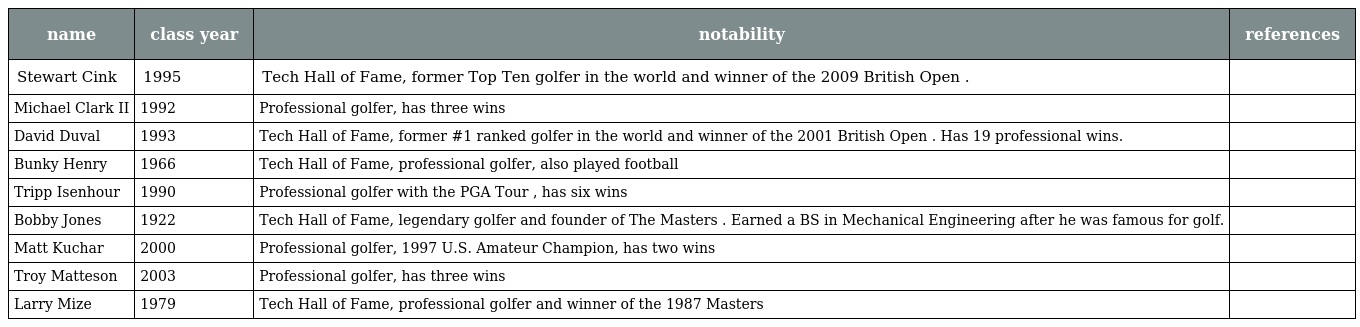
| name | class year | notability | references |
 | --- | --- | --- | --- |
 | Stewart Cink | 1995 | Tech Hall of Fame, former Top Ten golfer in the world and winner of the 2009 British Open . |  |
 | Michael Clark II | 1992 | Professional golfer, has three wins |  |
 | David Duval | 1993 | Tech Hall of Fame, former #1 ranked golfer in the world and winner of the 2001 British Open . Has 19 professional wins. |  |
 | Bunky Henry | 1966 | Tech Hall of Fame, professional golfer, also played football |  |
 | Tripp Isenhour | 1990 | Professional golfer with the PGA Tour , has six wins |  |
 | Bobby Jones | 1922 | Tech Hall of Fame, legendary golfer and founder of The Masters . Earned a BS in Mechanical Engineering after he was famous for golf. |  |
 | Matt Kuchar | 2000 | Professional golfer, 1997 U.S. Amateur Champion, has two wins |  |
 | Troy Matteson | 2003 | Professional golfer, has three wins |  |
 | Larry Mize | 1979 | Tech Hall of Fame, professional golfer and winner of the 1987 Masters |  |